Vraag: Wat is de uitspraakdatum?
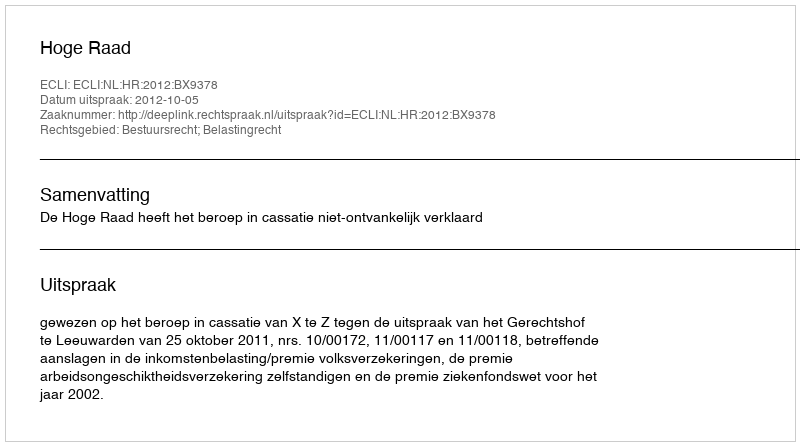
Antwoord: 2012-10-05